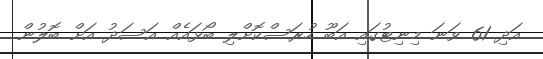
އަދި 61 ވަނަ މިނިޓުގައި އަބޫ ހުރަސްކޮށްލި ބޯޅައެއް އަސަދު އަށް ބޮލުން